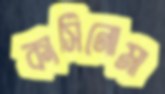
কার্সিনোমা